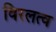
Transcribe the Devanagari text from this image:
विरलत्व